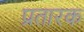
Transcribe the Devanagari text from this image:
प्रतारक